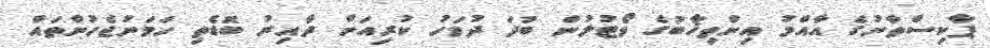
ޕާކިސްތާނުގެ އާއްމު އިންތިޚާބުގެ ވޯޓުލުން ބުދަ ދުވަހު ކުރިއަށް ދާއިރު ބޮޑެތި ހަމަނުޖެހުންތައް